Scientific memoirs by medical officers of the Army of India - Part IX,
Year: 1895
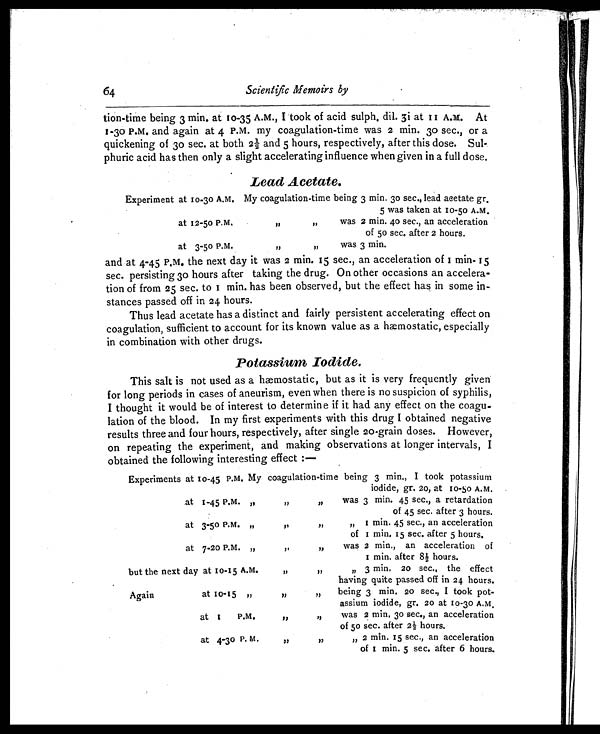
64
Scientific Memoirs by
tion-time being 3 min. at to-35 A.M., I took of acid sulph, dil. 3i at 11 A.M. At
1-30 P.M. and again at 4 P.M. my coagulation-time was 2 min. 30 sec., or a
quickening of 3o sec. at both 2½ and 5 hours, respectively, after this dose. Sul-
phuric acid has then only a slight accelerating influence when given in a full dose.
Lead Acetate.
Experiment at 10-30 A.M. My coagulation-time being 3 min. 30 sec., lead acetate gr.
5 was taken at 10-50 A.M.
at 12-50 P.M.
„ „
was
2 min. 40 sec., an acceleration
of 50 sec. after 2 hours.
at 3-50 P.M.
„ „
was 3 min.
and at 4-45 P.M. the next day it was 2 min. 15 sec., an acceleration of 1 min- 15
sec. persisting 30 hours after taking the drug. On other occasions an accelera-
tion of from 25 sec. to 1 min. has been observed, but the effect has in some in-
stances passed off in 24 hours.
Thus lead acetate has a distinct and fairly persistent accelerating effect on
coagulation, sufficient to account for its known value as a hæmostatic, especially
in combination with other drugs.
Potassium Iodide.
This salt is not used as a hæmostatic, but as it is very frequently given
for long periods in cases of aneurism, even when there is no suspicion of syphilis,
I thought it would be of interest to determine if it had any effect on the coagu-
lation of the blood. In my first experiments with this drug I obtained negative
results three and four hours, respectively, after single 20-grain doses. However,
on repeating the experiment, and making observations at longer intervals, I
obtained the following interesting effect :—
Experiments at 10-45 P.M. My coagulation-time being 3 min., I took potassium
iodide, gr. 20, at 10-50 A.M.
at 1-45 P.M. ,, ,, ,,
was 3 min. 45 sec., a retardation
of 45 sec. after 3 hours.
at 3-50 P.M. „
,, ,,
,, 1 min. 45 sec., an acceleration
of 1 min. 15 sec. after 5 hours.
at 7-20 P.M. „
,, ,,
was 2 min., an acceleration of
1 min. after 8½ hours.
but the next day at 10-15 A.M.
,, ,,
„ 3 min. 20 sec., the effect
having quite passed off in 24 hours.
Again
at 10-15 „
,, ,,
being 3 min. 20 sec., I took pot-
assium iodide, gr. 20 at 10-30 A.M.
at 1
P.M.
,, ,,
was 2 min. 30 sec., an acceleration
of 50 sec. after 2½ hours.
at 4-30 P. M.
”
,, ,,
2 min. 15 sec., an acceleration
of 1 min. 5 sec. after 6 hours.